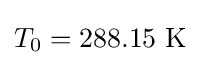
T_{0}=\mathrm {288.15~K}